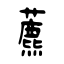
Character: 藨